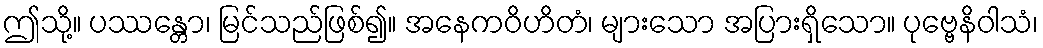
ဤသို့။ ပဿန္တော၊ မြင်သည်ဖြစ်၍။ အနေကဝိဟိတံ၊ များသော အပြားရှိသော။ ပုဗ္ဗေနိဝါသံ၊